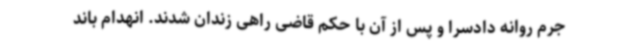
جرم روانه دادسرا و پس از آن با حکم قاضی راهی زندان شدند. انهدام باند